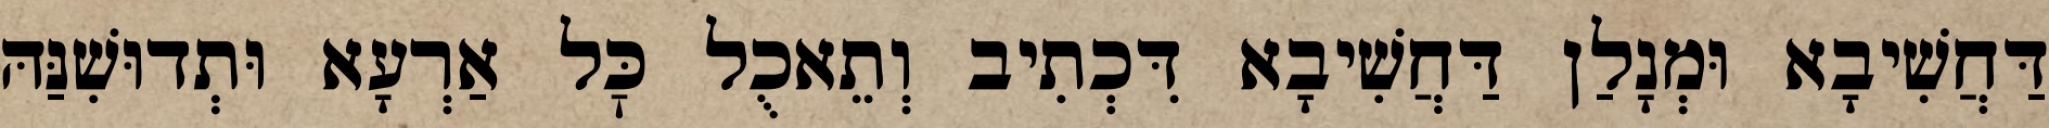
דַּחֲשִׁיבָא וּמְנָלַן דַּחֲשִׁיבָא דִּכְתִיב וְתֵאכֻל כׇּל אַרְעָא וּתְדוּשִׁנַּהּ